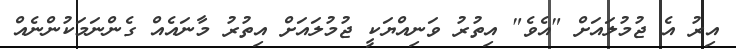
އިރު އެ ޖުމުލައަށް "އެވެ" އިތުރު ވަނިއްޔަކީ ޖުމުލައަށް އިތުރު މާނައެއް ގެންނަމަކުންނެއް